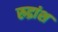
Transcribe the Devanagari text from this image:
रुद्रांश